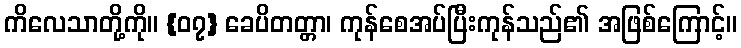
ကိလေသာတို့ကို။ {၀၇} ခေပိတတ္တာ၊ ကုန်စေအပ်ပြီးကုန်သည်၏ အဖြစ်ကြောင့်။